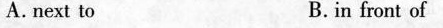
A.next to B.in front of